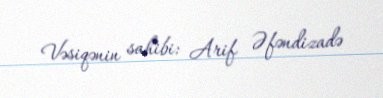
Vəsiqənin sahibi: Arif Əfəndizadə